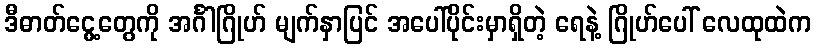
ဒီဓာတ်ငွေ့တွေကို အင်္ဂါဂြိုဟ် မျက်နှာပြင် အပေါ်ပိုင်းမှာရှိတဲ့ ရေနဲ့ ဂြိုဟ်ပေါ် လေထုထဲက